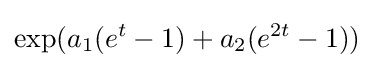
\exp(a_{1}(e^{t}-1)+a_{2}(e^{2t}-1))